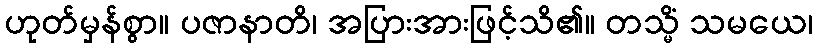
ဟုတ်မှန်စွာ။ ပဇာနာတိ၊ အပြားအားဖြင့်သိ၏။ တသ္မိံ သမယေ၊